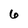
Character: 6